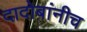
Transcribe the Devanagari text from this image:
दादोबांनीच